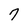
Character: 7